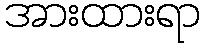
အားထားရာ